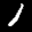
Label: 1